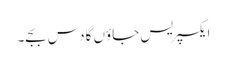
ایکسپریس جاؤں گا دس بجے۔